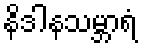
နိဒါနသမ္ဘာရံ